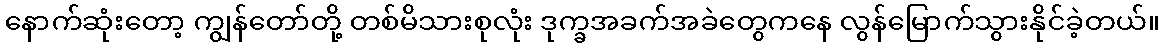
နောက်ဆုံးတော့ ကျွန်တော်တို့ တစ်မိသားစုလုံး ဒုက္ခအခက်အခဲတွေကနေ လွန်မြောက်သွားနိုင်ခဲ့တယ်။